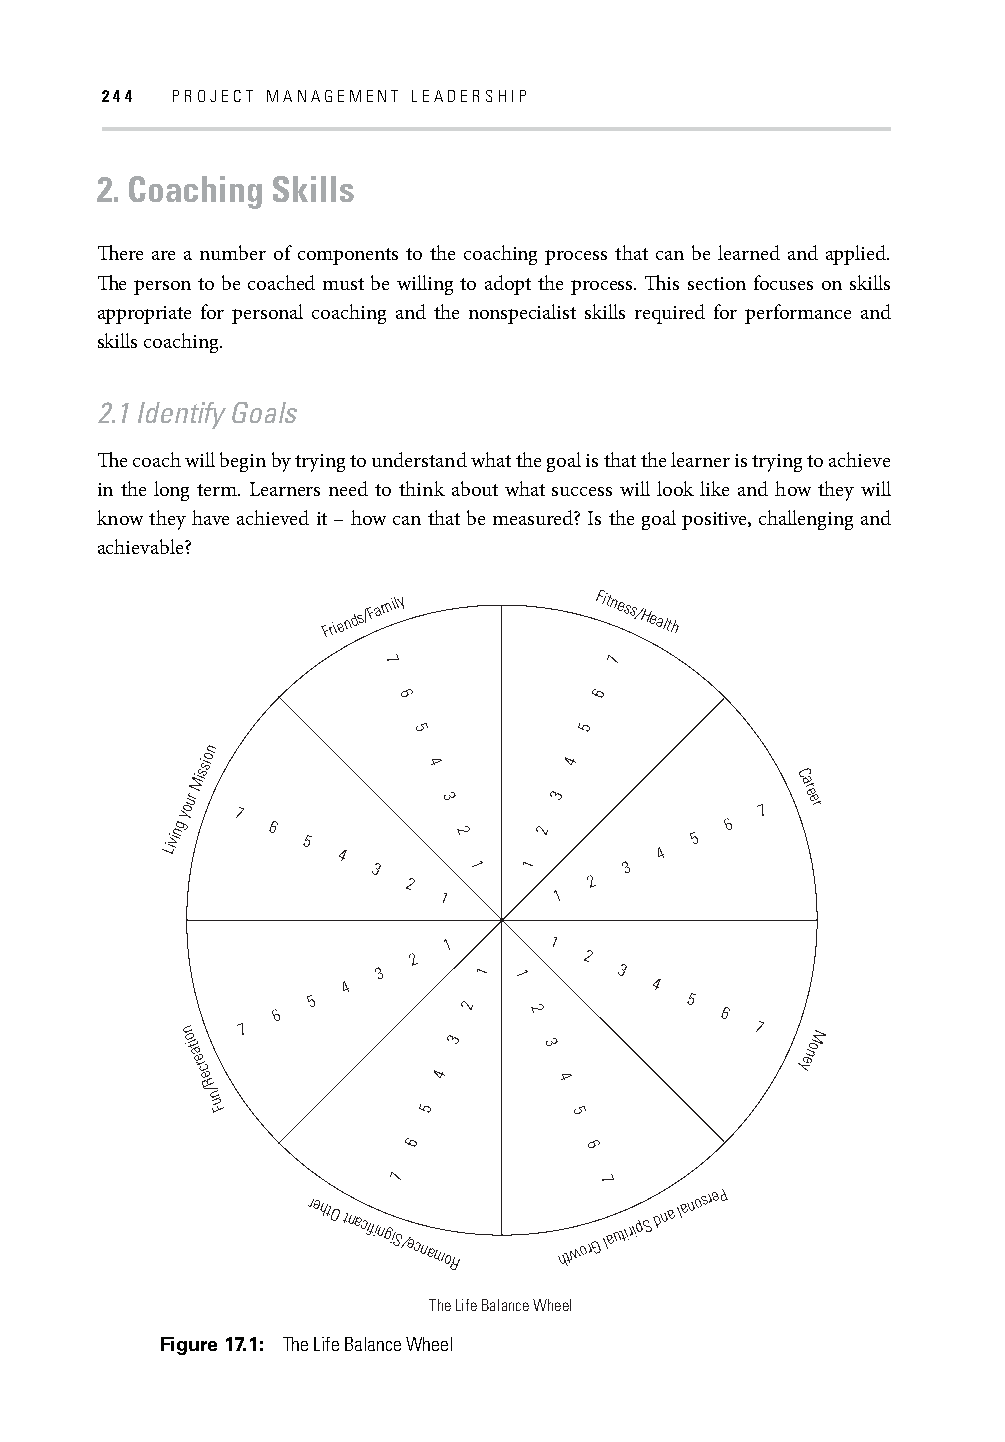
244 PROJECT MANAGEMENT LEADERSHIP
 2. Coaching Skills
 Th ere are a number of components to the coaching process that can be learned and applied.
 Th e person to be coached must be willing to adopt the process. Th is section focuses on skills
 appropriate for personal coaching and the nonspecialist skills required for performance and
 skills coaching.
 2.1 Identify Goals
 Th e coach will begin by trying to understand what the goal is that the learner is trying to achieve
 in the long term. Learners need to think about what success will look like and how they will
 know they have achieved it – how can that be measured? Is the goal positive, challenging and
 achievable?
 Frie n
 ds/Fa
 mily          Fitness/Health
 7
 7
 6
 6
 5
 Living
 your
 Mission
 7
 6
 5
 4
 3
 2
 5
 4
 1
 3
 2
 1   1
 2
 3
 1
 4
 2
 3
 4
 5
 6
 7
 C
 ar
 e er
 n
 oit
 a
 erc
 e R
 /
 n
 u F
 7
 6
 5
 4
 3
 7
 6
 2
 5
 4
 31
 2
 1
 1
 2
 3
 1
 4
 5
 2
 6
 3
 4
 5
 6
 7
 yenoM
 rehtO tnacfiingiS/ecnamoR
 htw
 orG7
 la
 utirip S d n a la n
 osre P
 The Life Balance Wheel
 Figure 17.1: The Life Balance Wheel